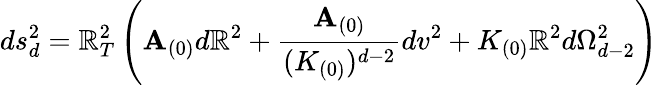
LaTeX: ds_{d}^{2}=\mathbb{R}_{T}^{2}\left(\mathbf{A}_{(0)}d\mathbb{R}^{2}+\frac{{\mathbf{A}_{(0)}}}{{(K_{(0)})^{d-2}}}dv^{2}+K_{(0)}\mathbb{R}^{2}d\Omega_{d-2}^{2}\right)